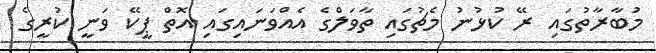
މުބާރާތުގައި ރޭ ކުޅުނު މެޗުގައި ތާވަލްގެ އެއްވަނައިގައި އޮތް ޕީކޭ ވަނީ ކުރީގެ